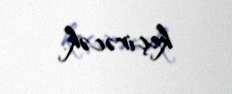
keçirəcək.